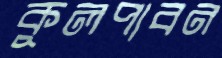
কুলপাবন